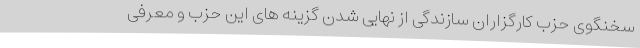
سخنگوی حزب کارگزاران سازندگی از نهایی شدن گزینه های این حزب و معرفی